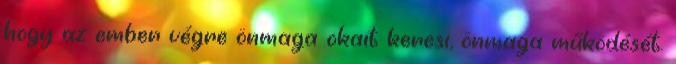
hogy az ember végre önmaga okait keresi, önmaga működését.